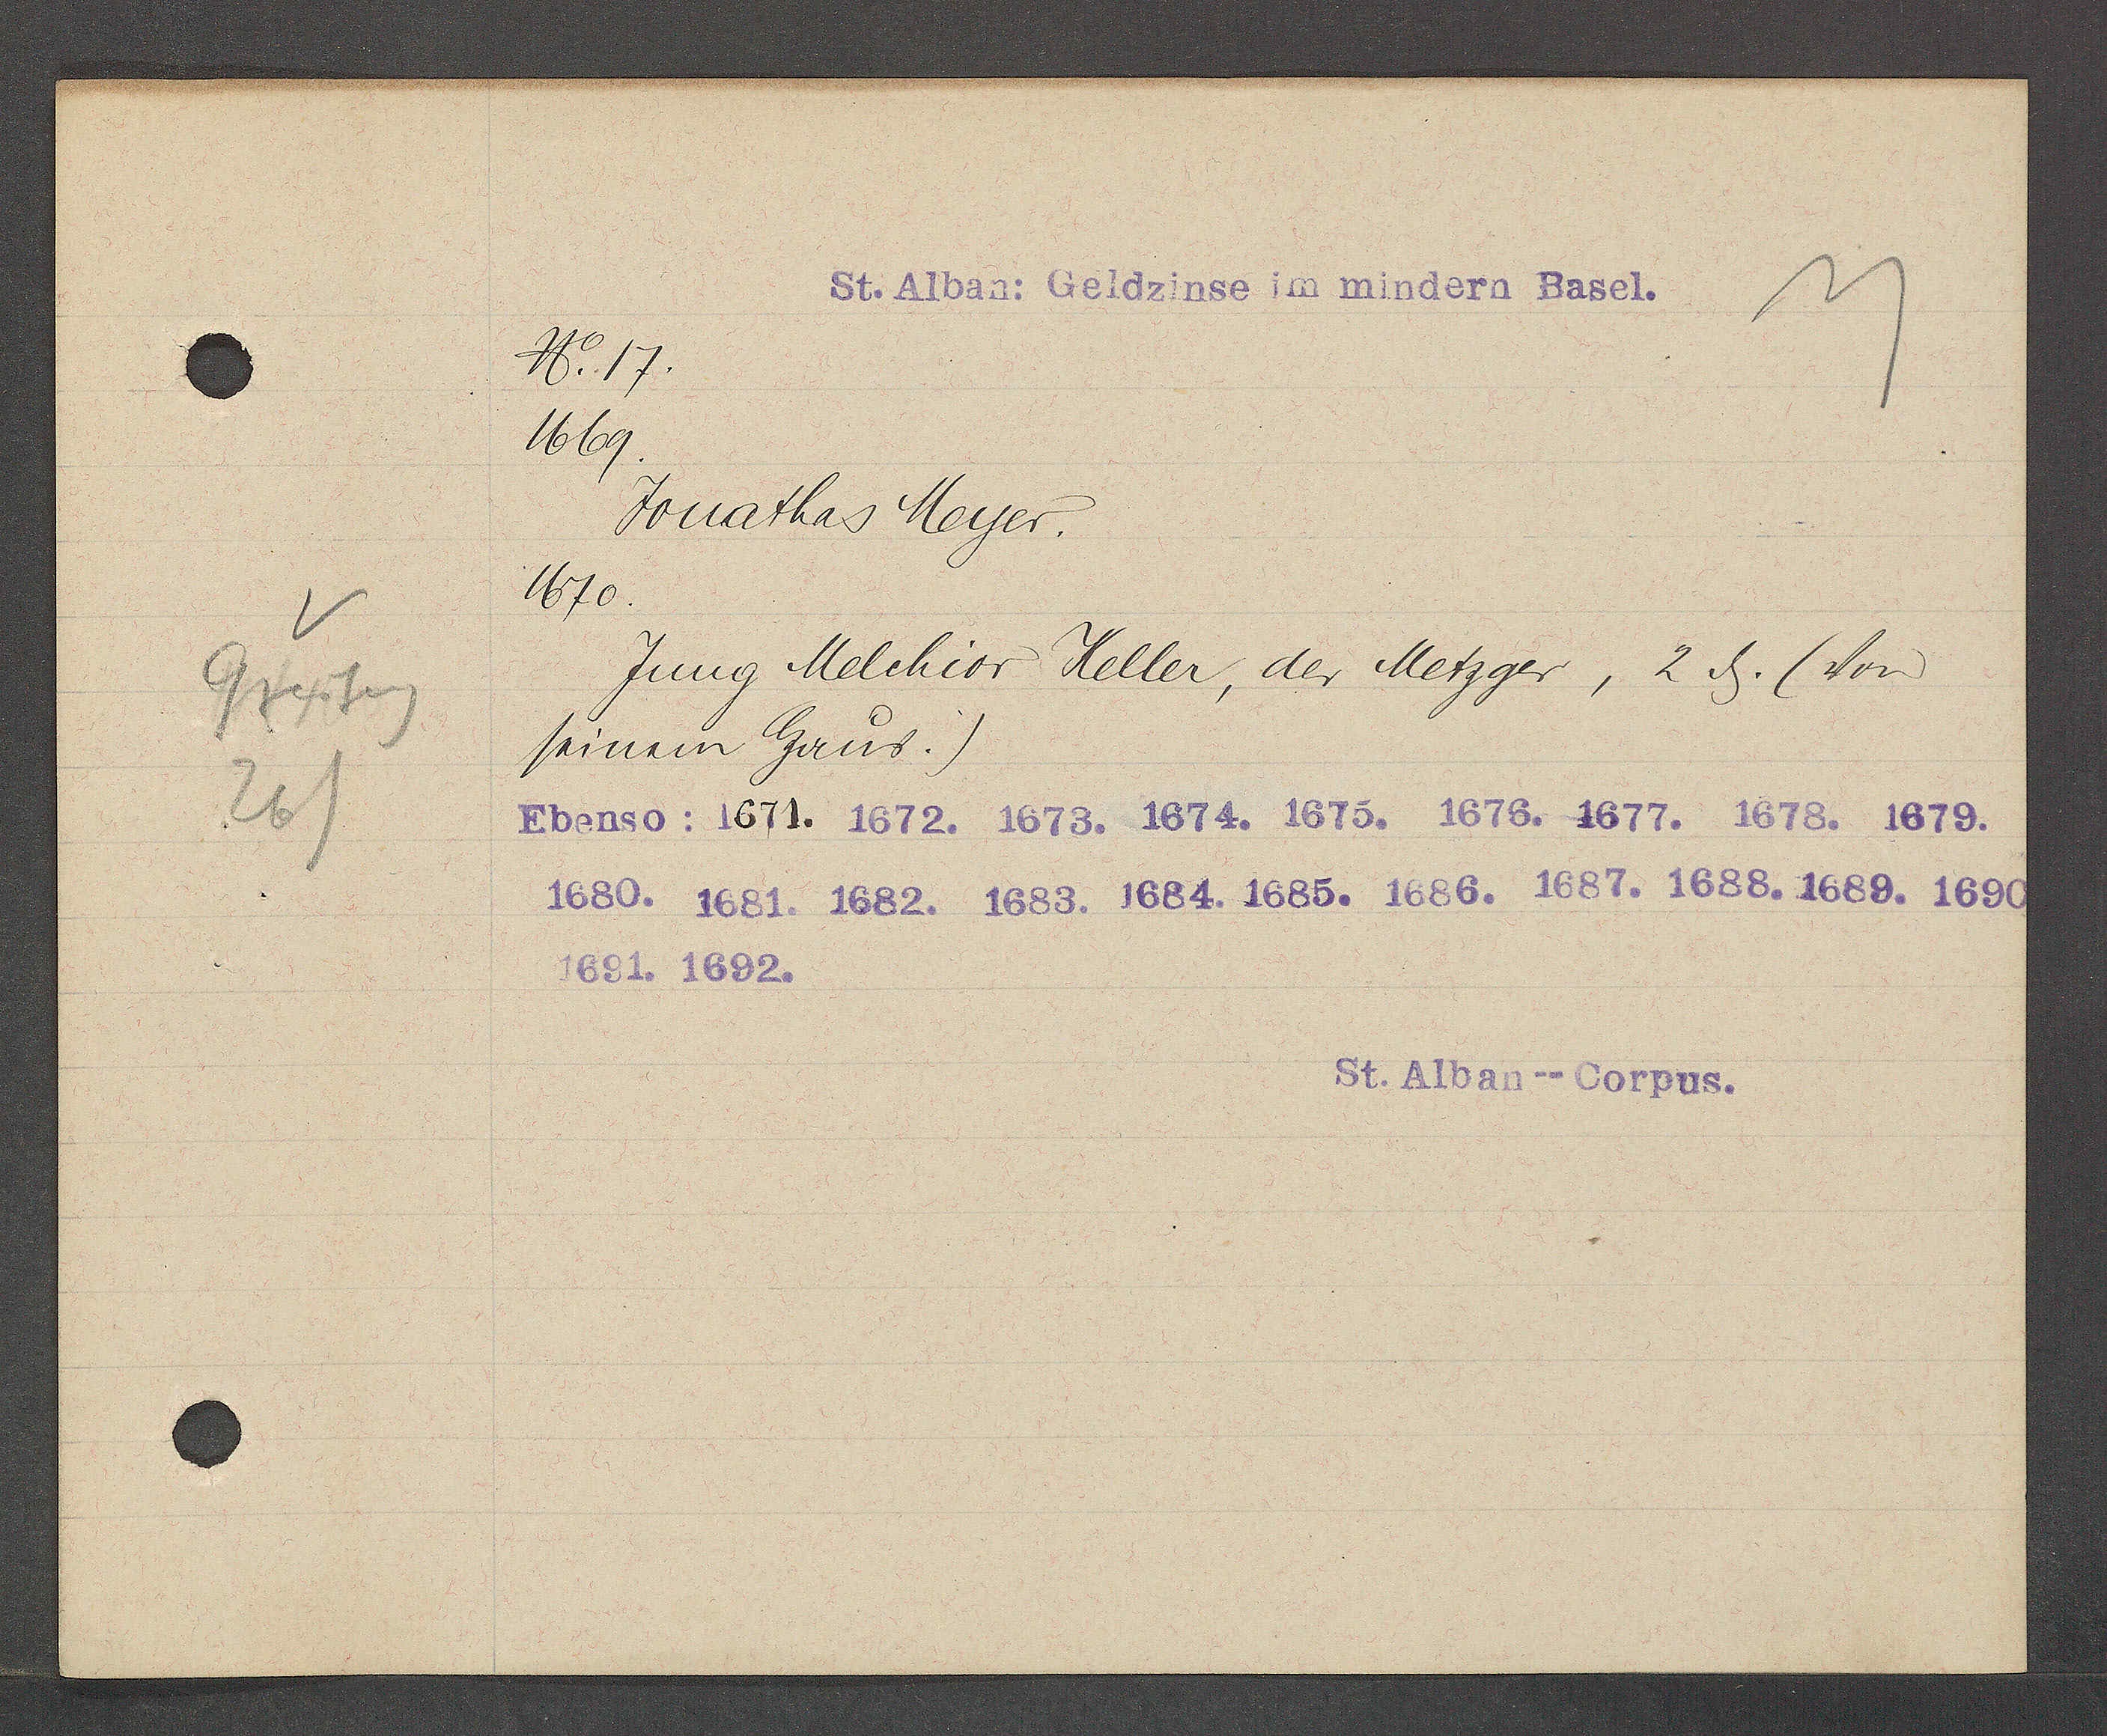
Transcript:
Greifeng
261

No. 17.
1669.
Jonathas Meyer.
1670.
Jung Melchior Keller, der Metzger, 2ȡ. (von
seinem Haus.)
Ebenso: 1671. 1672. 1673. 1674. 1675. 1676. 1677. 1678. 1679.
1680. 1681. 1682. 1683. 1664. 1685. 1686. 1687. 1688. 1689. 1690.
1691. 1692.

St. Alban: Geldzinse im mindern Basel.

St. Alban--Corpus.